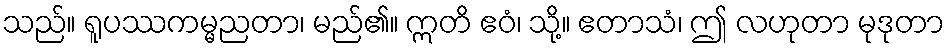
သည်။ ရူပဿကမ္မညတာ၊ မည်၏။ ဣတိ ဧဝံ၊ သို့။ ဧတာသံ၊ ဤ လဟုတာ မုဒုတာ